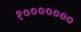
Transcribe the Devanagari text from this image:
१०००००००